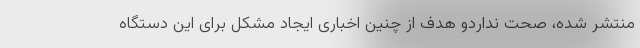
منتشر شده، صحت نداردو هدف از چنین اخباری ایجاد مشکل برای این دستگاه